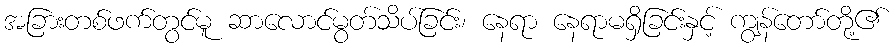
အခြားတစ်ဖက်တွင်မူ ဆာလောင်မွတ်သိပ်ခြင်း၊ နေရာ နေရာမရှိခြင်းနှင့် ကျွန်တော်တို့၏